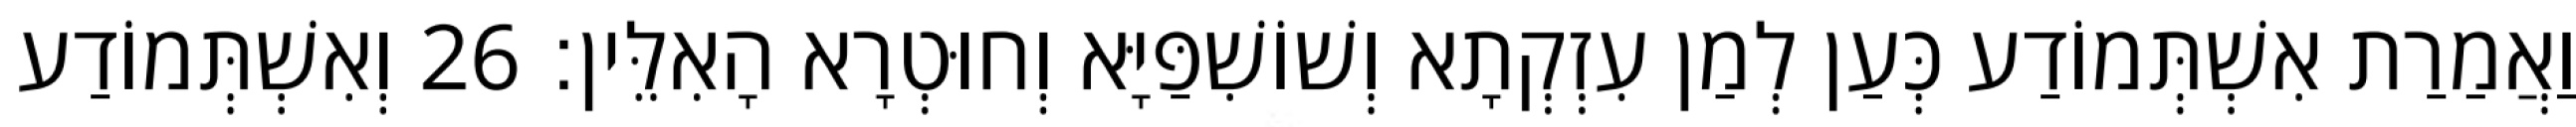
וַאֲמַרַת אִשְׁתְּמוֹדַע כְּעַן לְמַן עִזְקְתָא וְשׁוֹשִׁפַּיָּא וְחוּטְרָא הָאִלֵּין׃ 26 וְאִשְׁתְּמוֹדַע